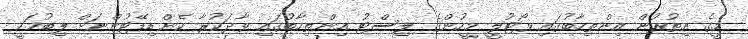
މީގެ އިތުރުން އިންތިހާބުގައި ވޯޓުލީ މީހުންގެ ލިސްޓު އިންތިހާބުގައި ވާދަކުރާ ކެންޑިޑޭޓުންނަށް ލިބުމަކީ